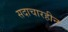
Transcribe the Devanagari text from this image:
सदाचारहीन